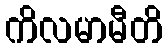
ကိလမာမီတိ